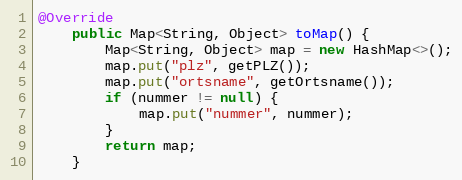
Language: Java
@Override
    public Map<String, Object> toMap() {
        Map<String, Object> map = new HashMap<>();
        map.put("plz", getPLZ());
        map.put("ortsname", getOrtsname());
        if (nummer != null) {
            map.put("nummer", nummer);
        }
        return map;
    }